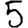
Digit: 5